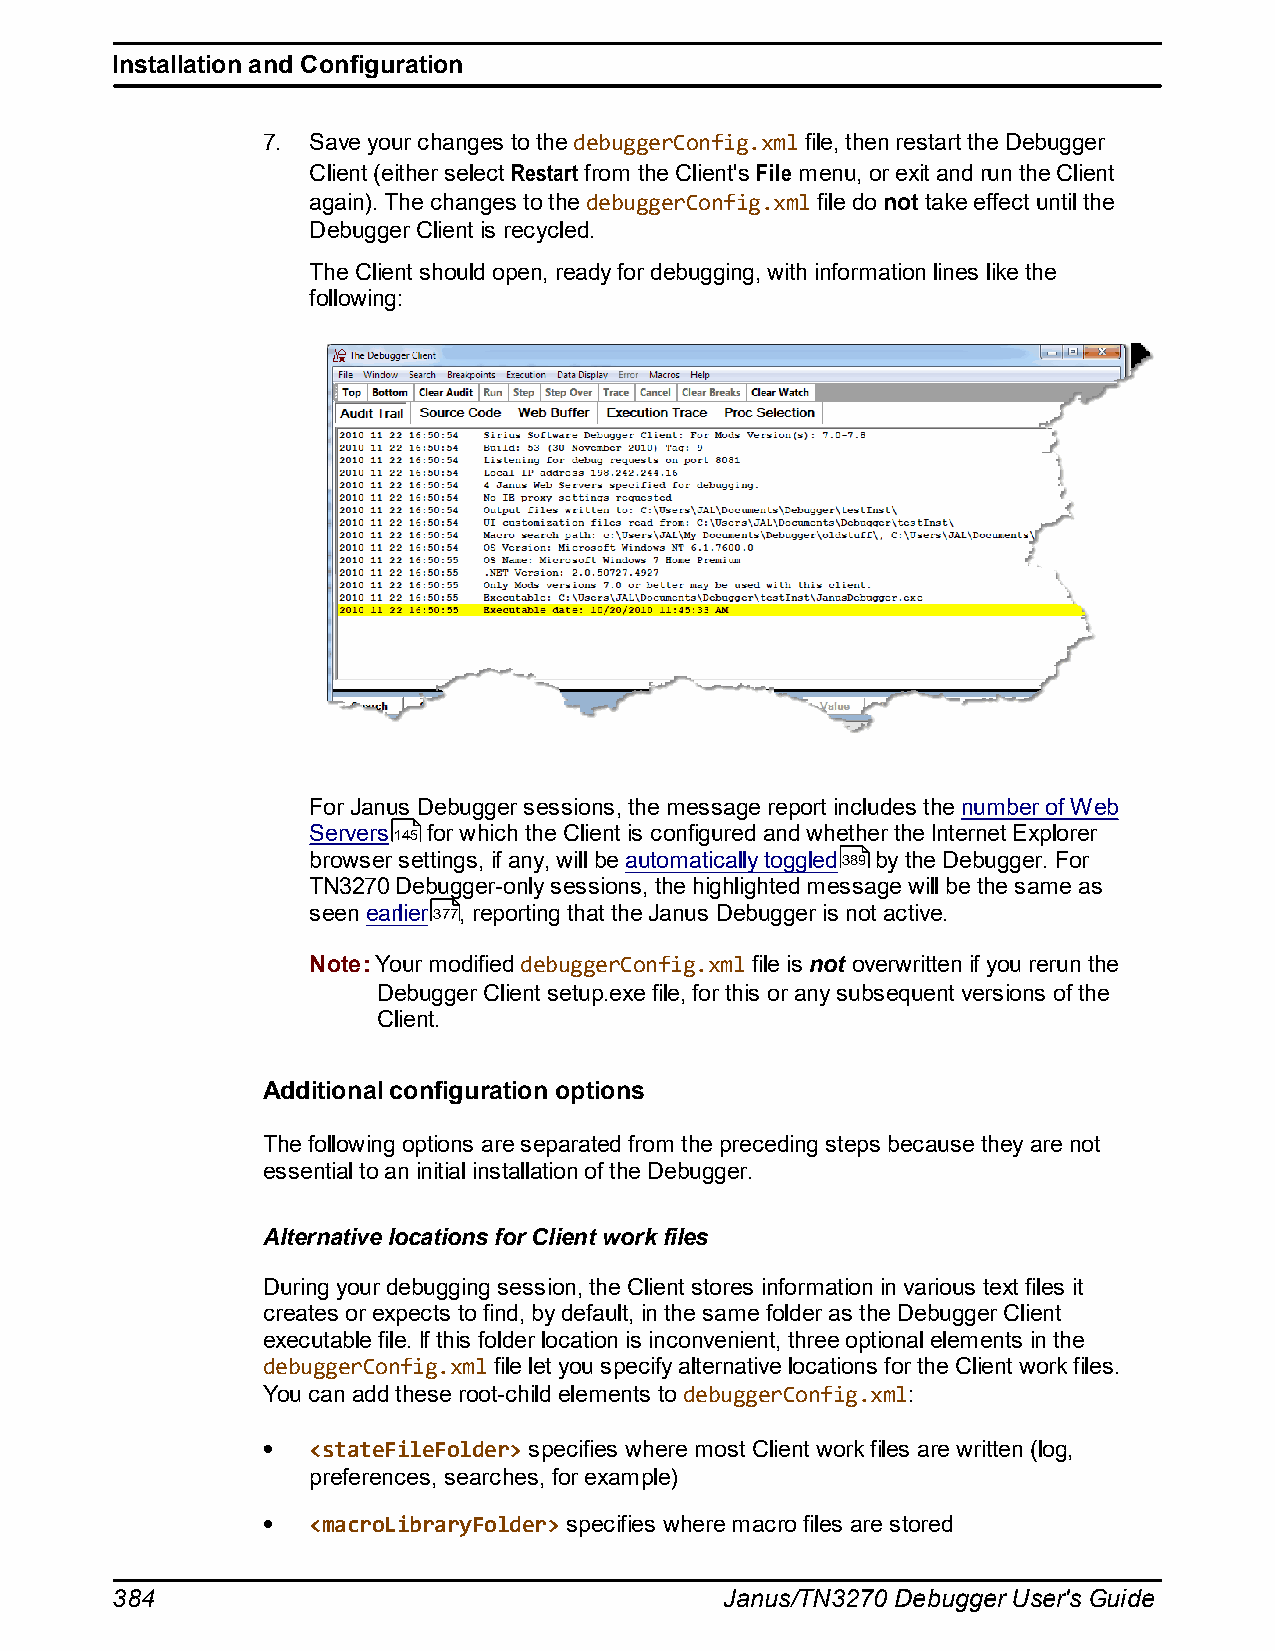
Installation and Configuration
 7. Save your changes to the debuggerConfig.xml file, then restart the Debugger
 Client (either select Restart from the Client's File menu, or exit and run the Client
 again). The changes to the debuggerConfig.xml file do not take effect until the
 Debugger Client is recycled.
 The Client should open, ready for debugging, with information lines like the
 following:
 For Janus Debugger sessions, the message report includes the number of Web
 Servers145 for which the Client is configured and whether the Internet Explorer
 browser settings, if any, will be automatically toggled389 by the Debugger. For
 TN3270 Debugger-only sessions, the highlighted message will be the same as
 seen earlier377, reporting that the Janus Debugger is not active.
 Note: Your modified debuggerConfig.xml file is not overwritten if you rerun the
 Debugger Client setup.exe file, for this or any subsequent versions of the
 Client.
 Additional configuration options
 The following options are separated from the preceding steps because they are not
 essential to an initial installation of the Debugger.
 Alternative locations for Client work files
 During your debugging session, the Client stores information in various text files it
 creates or expects to find, by default, in the same folder as the Debugger Client
 executable file. If this folder location is inconvenient, three optional elements in the
 debuggerConfig.xml file let you specify alternative locations for the Client work files.
 You can add these root-child elements to debuggerConfig.xml:
 <stateFileFolder> specifies where most Client work files are written (log,
 preferences, searches, for example)
 <macroLibraryFolder> specifies where macro files are stored
 384                                      Janus/TN3270 Debugger User's Guide